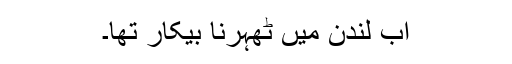
اب لندن میں ٹھہرنا بیکار تھا۔